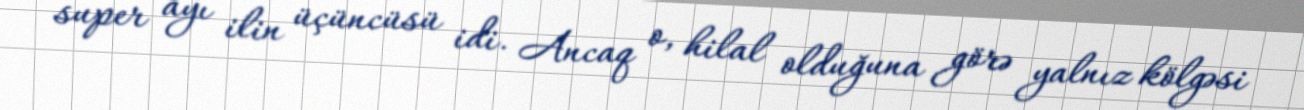
super ayı ilin üçüncüsü idi. Ancaq o, hilal olduğuna görə yalnız kölgəsi